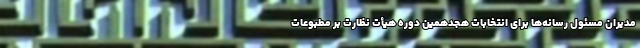
مدیران مسئول رسانه‌ها برای انتخابات هجدهمین دوره هیأت نظارت بر مطبوعات